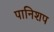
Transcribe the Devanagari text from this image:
पानिशप